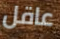
عاقل